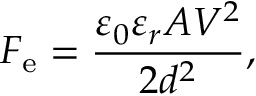
F _ { \mathrm { e } } = { \frac { \varepsilon _ { 0 } \varepsilon _ { r } A V ^ { 2 } } { 2 d ^ { 2 } } } ,